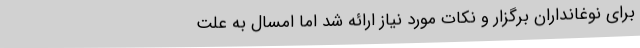
برای نوغانداران برگزار و نکات مورد نیاز ارائه شد اما امسال به علت